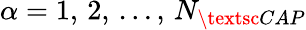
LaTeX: \alpha=1,\, 2,\, \ldots,\, N_{\textsc{CAP}}